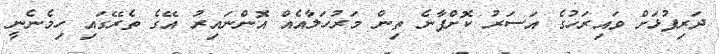
ދަރިފުޅަށް ވައިރަހުގެ އަސަރު ކޮށްފާނެ ތިން މަރުހަލާއެއް އޮންނައިރު އޭގެ ތެރޭގައި ހިމެނެނީ